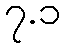
၇.၁